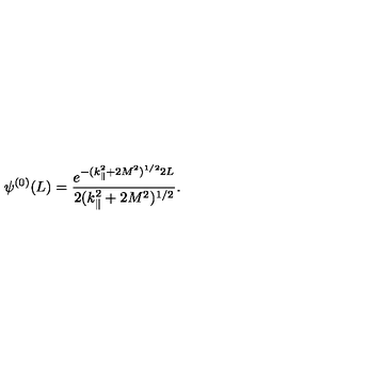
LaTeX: \psi ^ { ( 0 ) } ( L ) = \frac { e ^ { - ( k _ { \| } ^ { 2 } + 2 M ^ { 2 } ) ^ { 1 / 2 } 2 L } } { 2 ( k _ { \| } ^ { 2 } + 2 M ^ { 2 } ) ^ { 1 / 2 } } .